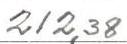
212,38